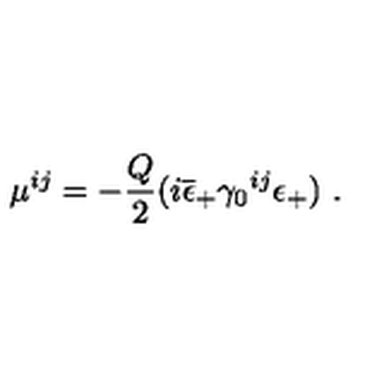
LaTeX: \mu ^ { i j } = - { \frac { Q } { 2 } } ( i \overline { { \epsilon } } _ { + } \gamma _ { 0 } { } ^ { i j } \epsilon _ { + } ) \ .